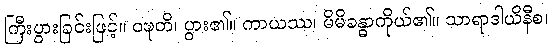
ကြီးပွားခြင်းဖြင့်။ ဝဍ္ဎတိ၊ ပွား၏။ ကာယဿ၊ မိမိခန္ဓာကိုယ်၏။ သာရာဒါယိနီစ၊